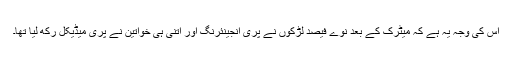
اس کی وجہ یہ ہے کہ میٹرک کے بعد نوے فیصد لڑکوں نے پری انجینئرنگ اور اتنی ہی خواتین نے پری میڈیکل رکھ لیا تھا۔